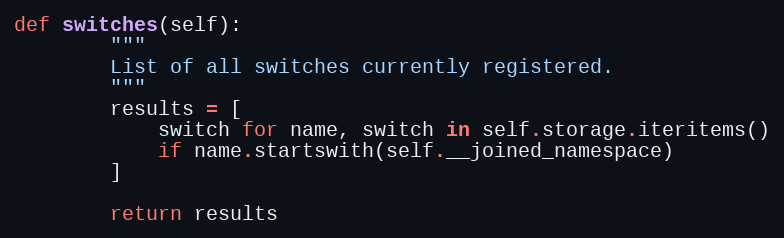
Language: Python
def switches(self):
        """
        List of all switches currently registered.
        """
        results = [
            switch for name, switch in self.storage.iteritems()
            if name.startswith(self.__joined_namespace)
        ]

        return results